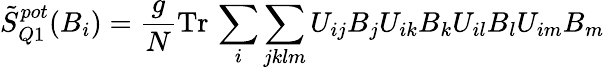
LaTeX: \tilde{S}_{Q1}^{pot}(B_{i})=\frac{g}{N}\mathrm{Tr}\, \sum_{i}\sum_{jklm}U_{ij}B_{j}U_{ik}B_{k}U_{il}B_{l}U_{im}B_{m}